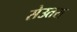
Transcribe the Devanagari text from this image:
सेउतरा